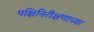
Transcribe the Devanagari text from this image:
पक्षिनिरीक्षणाच्या